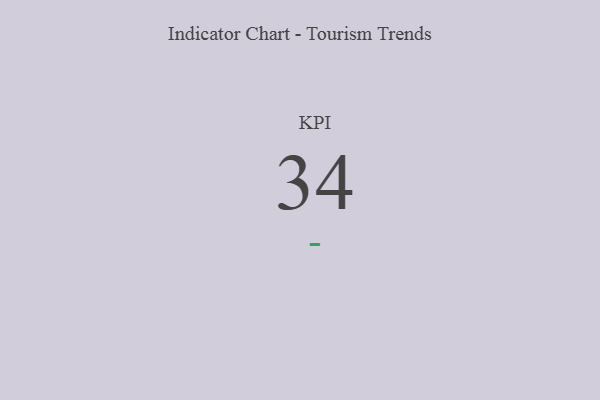
{"axis": {"x": "KPI", "y": "Value"}, "legend": [""], "data": [{"x": "KPI", "y": 34, "type": ""}]}